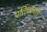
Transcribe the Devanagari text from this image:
प्रतिचक्रवर्ती